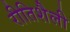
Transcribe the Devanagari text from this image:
रीतिशैली